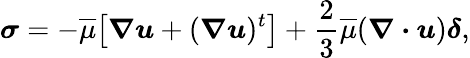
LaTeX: \boldsymbol{\sigma}=-\overline{{\mu}}\big[\boldsymbol{\nabla u}+(\boldsymbol{\nabla u})^{t}\big]+\frac{2}{3}\overline{{\mu}}(\boldsymbol{\nabla\cdot u})\boldsymbol{\delta},